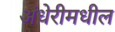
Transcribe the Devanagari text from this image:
अंधेरीमधील